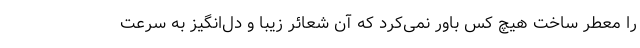
را معطر ساخت هیچ کس باور نمی‌کرد که آن شعائر زیبا و دل‌انگیز به سرعت